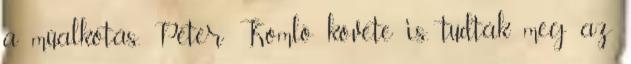
a műalkotás. Péter Komló követe is, tudták meg az